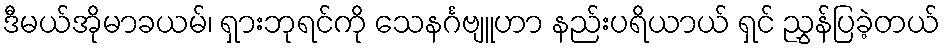
ဒီမယ်အိုမာခယမ်၊ ရှားဘုရင်ကို သေနင်္ဂဗျူဟာ နည်းပရိယာယ် ရှင် ညွှန်ပြခဲ့တယ်